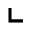
\llcorner